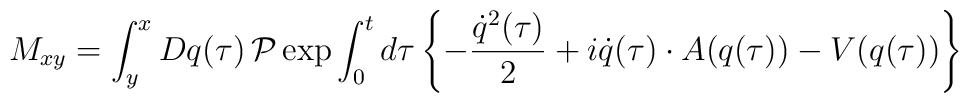
M_{xy} = \int^x_y Dq(\tau) \, {\cal P} \exp \int^t_0 d\tau \left\{-\frac{\dot{q}^2(\tau)}{2} + i \dot{q}(\tau) \cdot A(q(\tau)) -V(q(\tau))\right\}